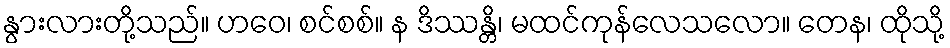
နွားလားတို့သည်။ ဟဝေ၊ စင်စစ်။ န ဒိဿန္တိ၊ မထင်ကုန်လေသလော။ တေန၊ ထိုသို့